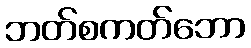
ဘတ်စကတ်ဘော